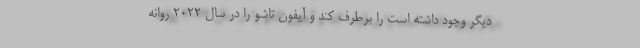
دیگر وجود داشته است را برطرف کند و آیفون تاشو را در سال 2022 روانه